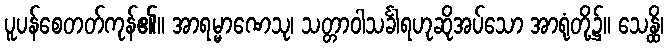
ပူပန်စေတတ်ကုန်၏။ အာရမ္မာဏေသု၊ သတ္တာဝါသင်္ခါရဟုဆိုအပ်သော အာရုံတို့၌။ သေန္ထိ၊